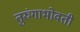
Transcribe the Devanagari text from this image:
तुरुंगाभोवती